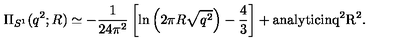
\Pi _ { S ^ { 1 } } ( q ^ { 2 } ; R ) \simeq - { \frac { 1 } { 2 4 \pi ^ { 2 } } } \left[ \ln \left( 2 \pi R \sqrt { q ^ { 2 } } \right) - { \frac { 4 } { 3 } } \right] + \mathrm { a n a l y t i c i n q ^ 2 R ^ 2 } .